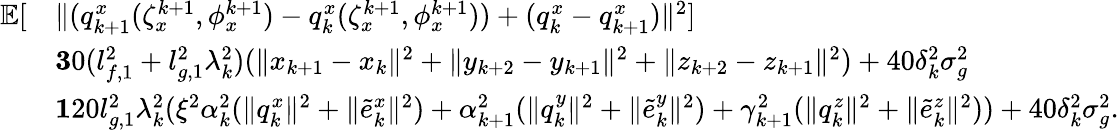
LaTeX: \begin{array}{rl}{\mathbb{E}[}&{\| (q_{k+1}^{x}(\zeta_{x}^{k+1},\phi_{x}^{k+1})-q_{k}^{x}(\zeta_{x}^{k+1},\phi_{x}^{k+1}))+(q_{k}^{x}-q_{k+1}^{x})\| ^{2}]}\\ &{\le 30(l_{f,1}^{2}+l_{g,1}^{2}\lambda_{k}^{2})(\| x_{k+1}-x_{k}\| ^{2}+\| y_{k+2}-y_{k+1}\| ^{2}+\| z_{k+2}-z_{k+1}\| ^{2})+40\delta_{k}^{2}\sigma_{g}^{2}}\\ &{\le 120l_{g,1}^{2}\lambda_{k}^{2}(\xi^{2}\alpha_{k}^{2}(\| q_{k}^{x}\| ^{2}+\| \tilde{e}_{k}^{x}\| ^{2})+\alpha_{k+1}^{2}(\| q_{k}^{y}\| ^{2}+\| \tilde{e}_{k}^{y}\| ^{2})+\gamma_{k+1}^{2}(\| q_{k}^{z}\| ^{2}+\| \tilde{e}_{k}^{z}\| ^{2}))+40\delta_{k}^{2}\sigma_{g}^{2}.}\end{array}